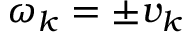
\omega _ { k } = \pm v _ { k }